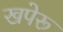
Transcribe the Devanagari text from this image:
खपेरू